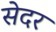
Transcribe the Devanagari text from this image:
सेदर